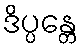
ဒိပ္ပန္တေ